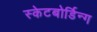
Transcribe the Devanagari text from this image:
स्केटबोर्डिन्ग